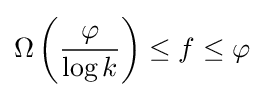
\Omega \left({\frac {\varphi }{\log k}}\right)\leq f\leq \varphi